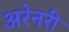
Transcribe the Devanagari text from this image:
अरेनरी